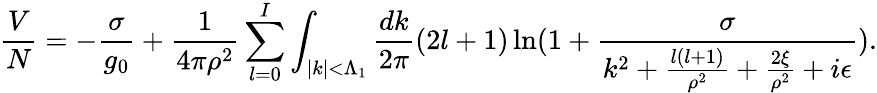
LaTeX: \frac{V}{N}=-\frac{\sigma}{g_{0}}+\frac{1}{4\pi\rho^{2}}\sum_{l=0}^{I}\int_{|k|<\Lambda_{1}}\frac{dk}{2\pi}(2l+1)\ln(1+\frac{\sigma}{k^{2}+\frac{l(l+1)}{\rho^{2}}+\frac{2\xi}{\rho^{2}}+i\epsilon}).